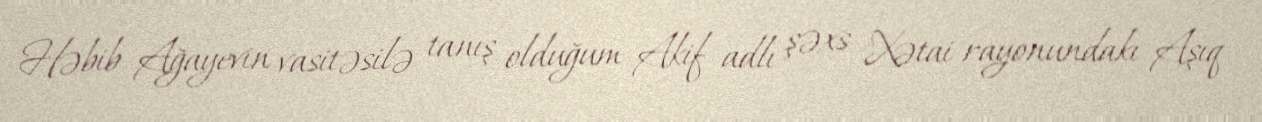
Həbib Ağayevin vasitəsilə tanış olduğum Akif adlı şəxs Xətai rayonundakı Aşıq